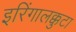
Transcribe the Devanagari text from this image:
इरिंगालक्कुटा